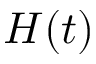
H ( t )